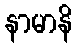
နာမာနိ